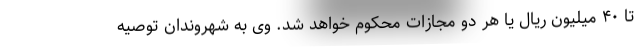
تا ۴۰ میلیون ریال یا هر دو مجازات محکوم خواهد شد. وی به شهروندان توصیه